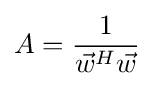
A={1 \over {\vec {w}}^{H}{\vec {w}}}